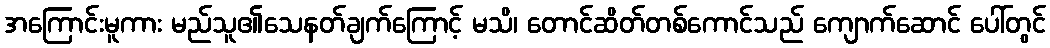
အကြောင်းမူကား မည်သူ၏သေနတ်ချက်ကြောင့် မသိ၊ တောင်ဆိတ်တစ်ကောင်သည် ကျောက်ဆောင် ပေါ်တွင်